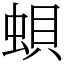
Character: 蛽